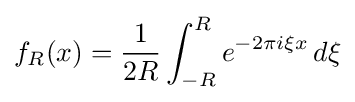
f_{R}(x)={\frac {1}{2R}}\int _{-R}^{R}e^{-2\pi i\xi x}\,d\xi